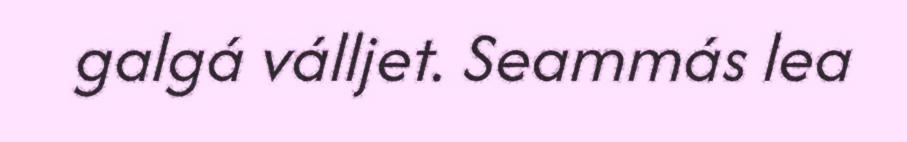
galgá válljet. Seammás lea